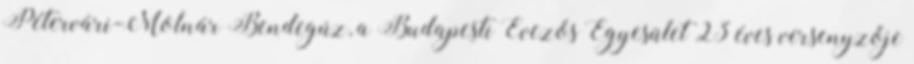
Pétervári-Molnár Bendegúz, a Budapesti Evezős Egyesület 23 éves versenyzője